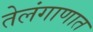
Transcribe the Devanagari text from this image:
तेलंगाणात